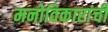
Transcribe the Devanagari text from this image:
मनोविकारांची